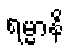
ရမ္မာနိ